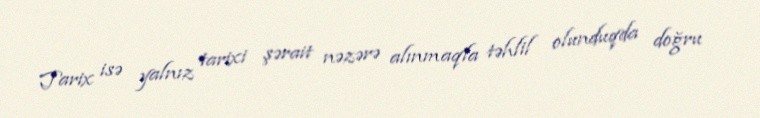
Tarix isə yalnız tarixi şərait nəzərə alınmaqla təhlil olunduqda doğru